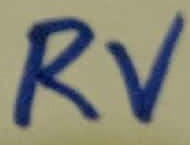
Text: RV